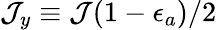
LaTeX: \mathcal{J}_{y}\equiv\mathcal{J}(1-\epsilon_{a})/2